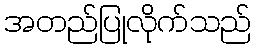
အတည်ပြုလိုက်သည်